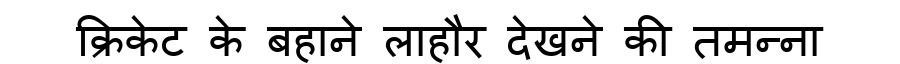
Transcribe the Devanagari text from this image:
क्रिकेट के बहाने लाहौर देखने की तमन्ना